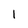
Character: 1